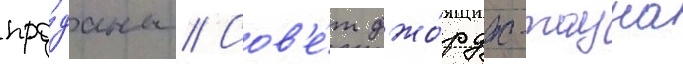
про́даны // Сов'е́т джо́рдж-тауна